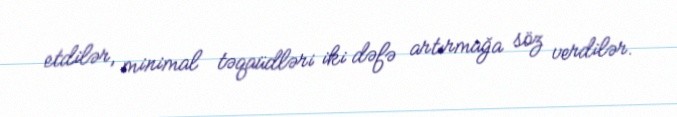
etdilər, minimal təqaüdləri iki dəfə artırmağa söz verdilər.